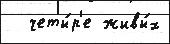
  четы́р'е живы́х